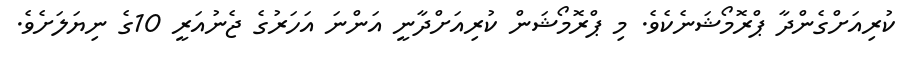
ކުރިއަށްގެންދާ ޕްރޮމޯޝަނެކެވެ. މި ޕްރޮމޯޝަން ކުރިއަށްދާނީ އަންނަ އަހަރުގެ ޖެނުއަރީ 10ގެ ނިޔަލަށެވެ.